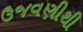
ઉજવણીથી